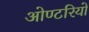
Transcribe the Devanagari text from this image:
ओण्टरियो